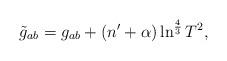
LaTeX: \begin{align*}\tilde{g}_{ab}=g_{ab}+(n'+\alpha)\ln^{\frac{4}{3}}T^2 ,\end{align*}